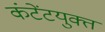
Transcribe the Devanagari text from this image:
कंटेंटयुक्त